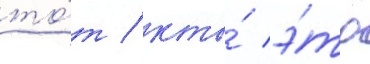
то́т / кто́ э́то